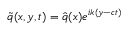
\tilde { q } ( x , y , t ) = \hat { q } ( x ) e ^ { i k ( y - c t ) }